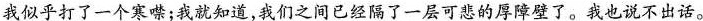
我似乎打了一个寒噤；我就知道，我们之间已经隔了一层可悲的厚障壁了。我也说不出话。